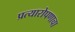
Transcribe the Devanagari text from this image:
प्रत्यारोपणाचा